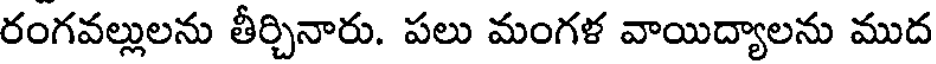
రంగవల్లులను తీర్చినారు. పలు మంగళ వాయిద్యాలను ముద